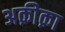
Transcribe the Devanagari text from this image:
अक़ीक़ा